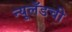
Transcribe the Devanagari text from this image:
न्यूलँडची